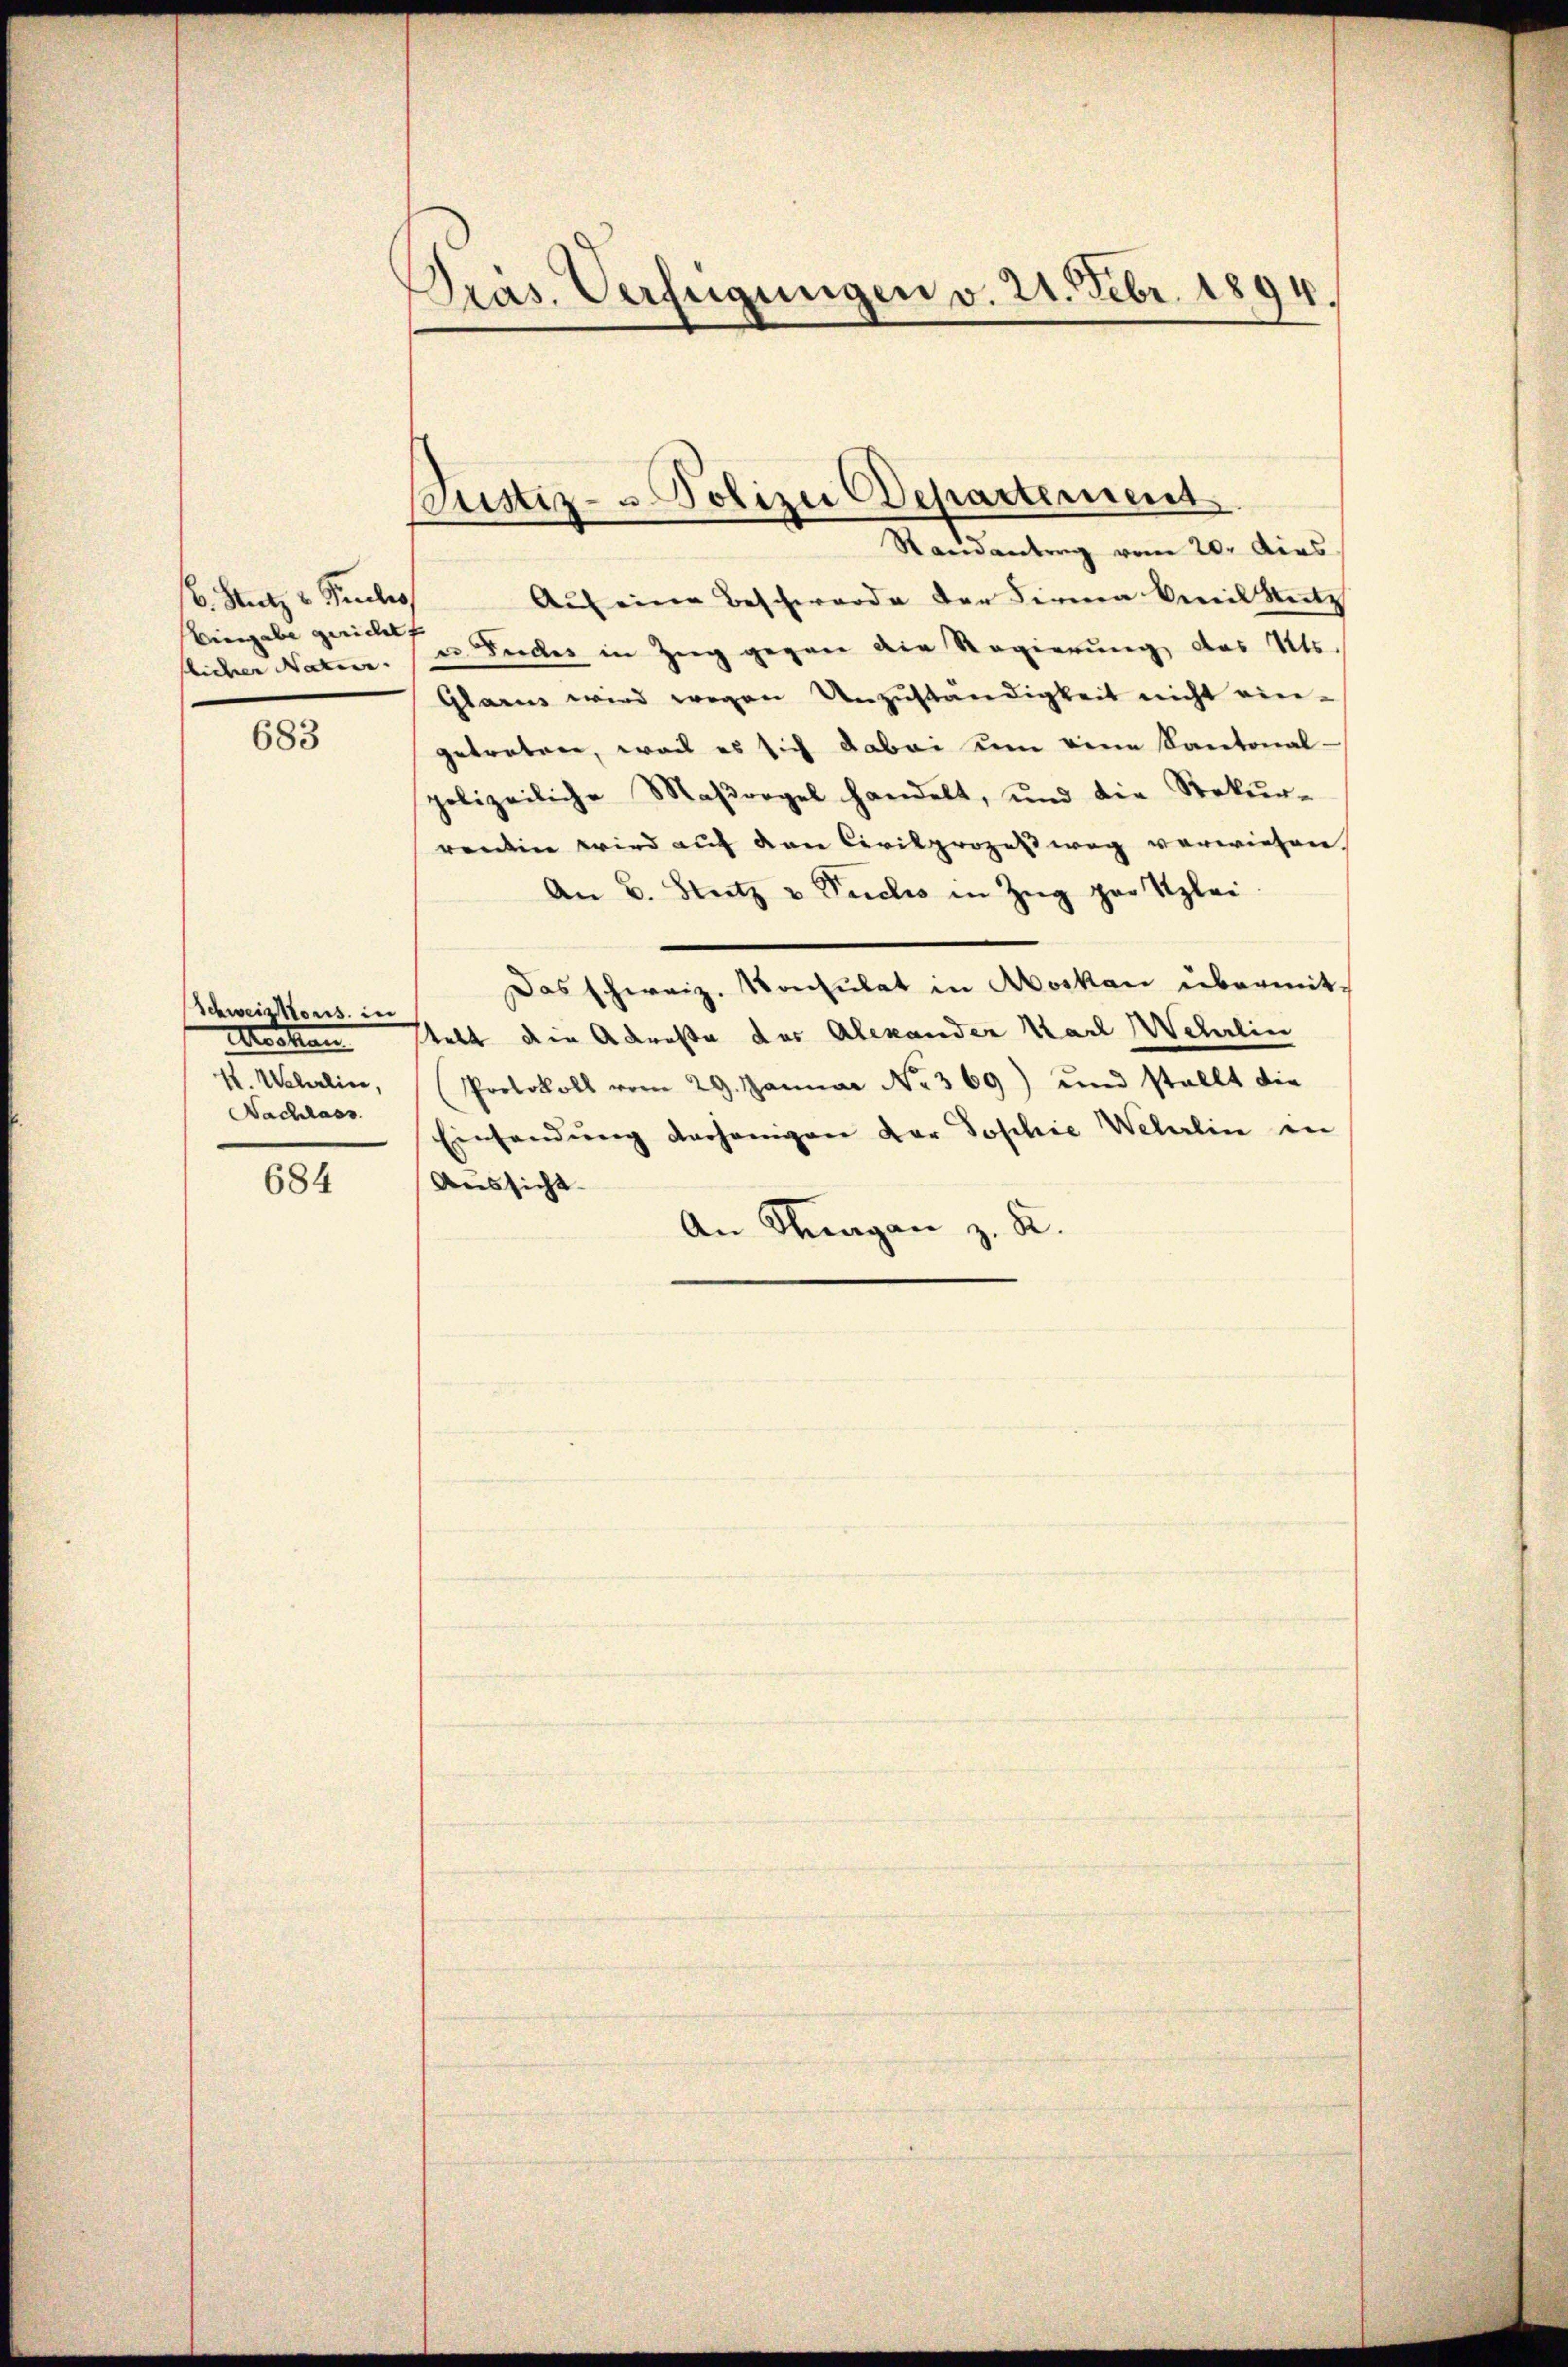
. Satz v. Paules
Eingabe gericht
flicher Natur.

683

Schweiskons. in
H. Weberline,
Nachlass

684

Präs. Verfügungen v. 21. Febr. 1894.

Justiz- & Polizei Departement
Randantrag vom 20. dies

Auf eine Beschwerde der Firma beeil Nutz
u Feder in Zug gegen die Regierung des Kts.
Glarus wird wegen Unzuständigkeit nicht eingetretene, weil es sich dabei um eine Kantonal-
polizeiliche Maßregel handelt, und die Rekŭr-
renden wird auf den Civilprozeßweg verwiesen.
An B. Blutz u Puches in Zŭg par Klei
Das schweiz. Konsulat in Moskau übermit-
Mocken stelt die Adresse der Alexander Karl Wehrlin
Protokoll vom 29. Januar No. 369) und stellt die
Einsendung verhänigen der Sophie Wellin in
Aussicht. |
An Stragen z. B.